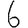
Digit: 6